Civil Veterinary Dept. Bombay admin report 1932-41 - 1932-1941
Year: 1932
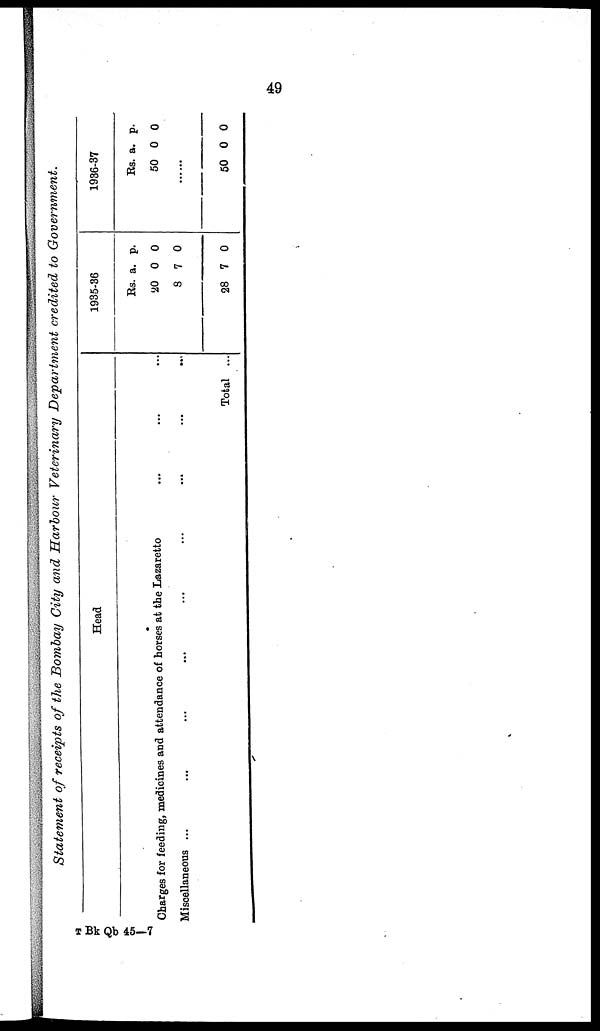
49
Statement of receipts of the Bombay City and Harbour Veterinary Department credited to Government.
Head
Charges for feeding, medicines and attendance of horses at the Lazaretto
Miscellaneous ... ... ... ... ... ...
Total ...
1935-36
Rs.
20
8
28
a.
0
7
7
p.
0
0
0
1936-37
Rs.
50
a.
0
p.
0
......
50 0 0
T Bk Qb 45—7